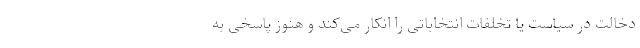
دخالت در سیاست یا تخلفات انتخاباتی را انکار می‌کند و هنوز پاسخی به